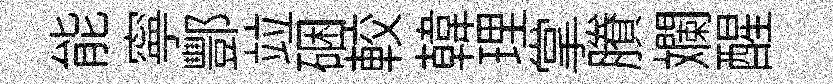
能寧酆竝硱較韓理掌賸斕醒